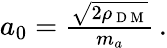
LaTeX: \begin{array}{r}{a_{0}=\frac{\sqrt{2\rho_{\mathrm{~D~M~}}}}{m_{a}}\, .}\end{array}